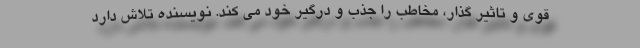
قوی و تاثیر گذار، مخاطب را جذب و درگیر خود می کند. نویسنده تلاش دارد